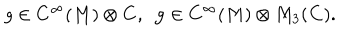
g \in C ^ { \infty } ( M ) \otimes { \bf C } , ~ ~ { \bf g } \in C ^ { \infty } ( M ) \otimes M _ { 3 } ( { \bf C } ) .